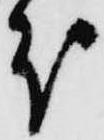
分